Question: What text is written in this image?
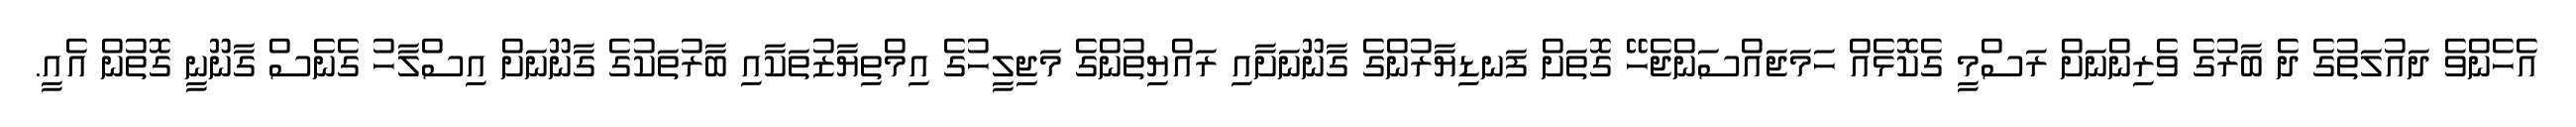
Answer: އެހެންވެ ދައުލަތުގެ ދެ ބާރުގެ ވެރިންނަށް ރަސްމީ ގެކޮޅެއް ހަމަޖައްސަންޖެހޭ ގޮތަށް ފަނޑިޔާރުންގެ ގާނޫނަށާއި ރައްޔިތުންގެ މަޖިލީހުގެ އިމްތިޔާޒުތަކާއި ބާރުތަކުގެ ގާނޫނަށް އިސްލާހު ގެނެސް ގާނޫނީ ގޮތުން އެއީ.